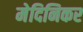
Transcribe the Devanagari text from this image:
मेदिनिकर